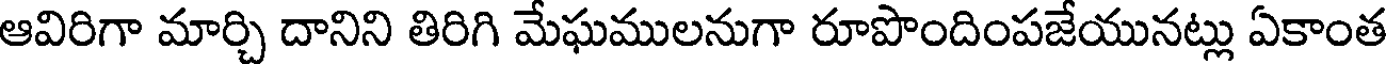
ఆవిరిగా మార్చి దానిని తిరిగి మేఘములనుగా రూపొందింపజేయునట్లు ఏకాంత